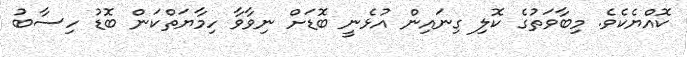
ކޮއްޔެކެވެ. މިބާވަތުގެ ކޮލި ގިނައިން އުޅެނީ ބޮޑަށް ނިވާވާ ހިމާޔަތްކަން ބޮޑު ހިސާބު